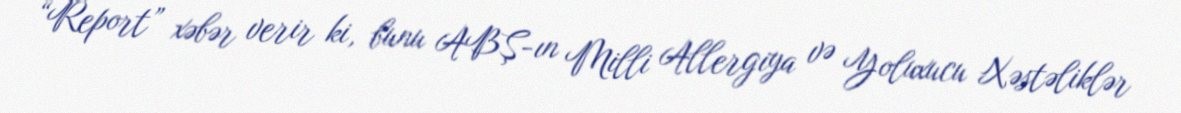
“Report” xəbər verir ki, bunu ABŞ-ın Milli Allergiya və Yoluxucu Xəstəliklər